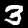
Label: 3